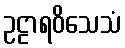
ဥဠာရဝိသေသံ